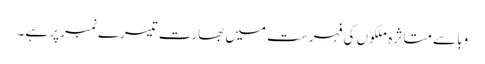
وبا سے متاثرہ ملکوں کی فہرست میں بھارت تیسرے نمبر پر ہے۔